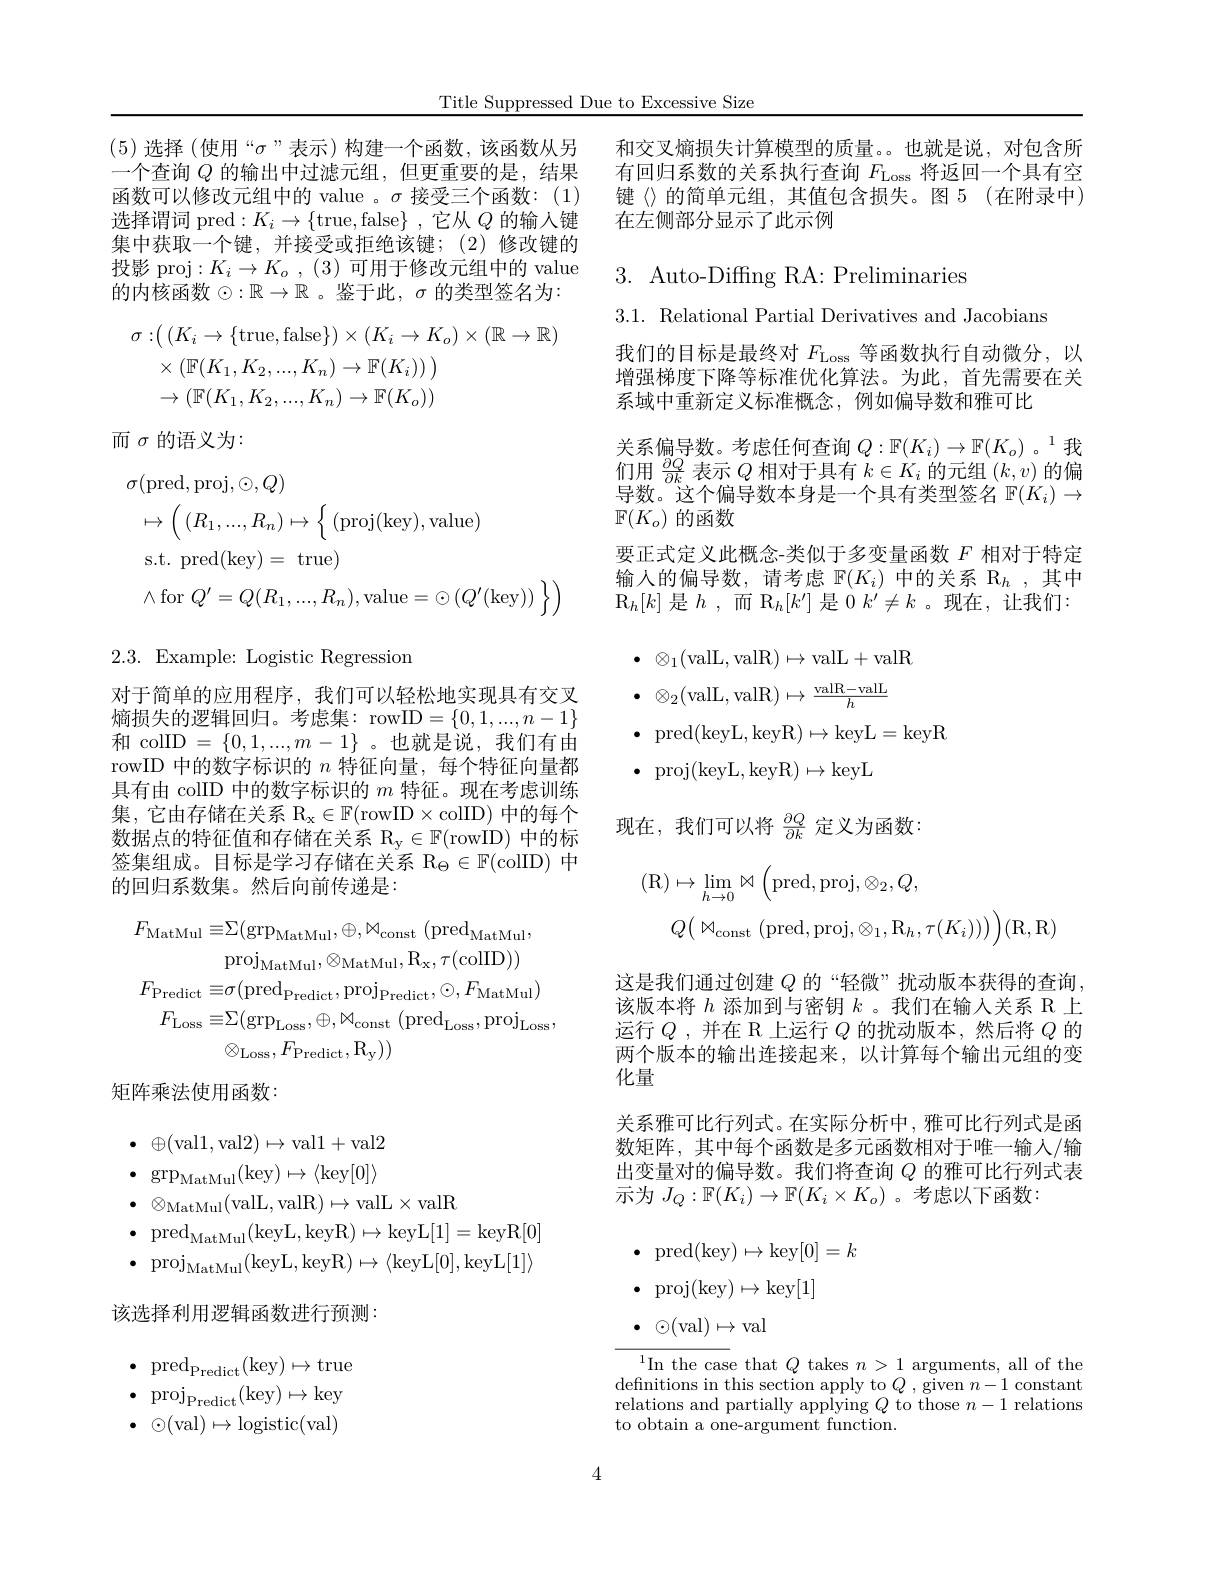
Title Suppressed Due to Excessive Size

(5)选择 (使用“$\sigma$”表示)构建一个函数，该函数从另一个查询$Q$的输出中过滤元组，但更重要的是，结果函数可以修改元组中的 value 。$\sigma$接受三个函数：(1) 选择谓词 pred$:K_i\to\{$true,false$\}$,它从$Q$ 的输人键集中获取一个键，并接受或拒绝该键；(2)修改键的投影 proj$:K_i\to K_o,(3)$可用于修改元组中的 value 的内核函数$\odot:\mathbb{R}\to\mathbb{R}$ 。鉴于此$,\sigma$ 的类型签名为：
$$\begin{aligned}\sigma:&(\:(K_{i}\to\{\mathrm{true},\mathrm{false}\})\times(K_{i}\to K_{o})\times(\mathbb{R}\to\mathbb{R})\\&\times(\mathbb{F}(K_{1},K_{2},...,K_{n})\to\mathbb{F}(K_{i}))\:)\\&\to(\mathbb{F}(K_{1},K_{2},...,K_{n})\to\mathbb{F}(K_{o}))\end{aligned}$$
而$\sigma$的语义为：
$$\begin{aligned}&\sigma(\mathrm{pred},\mathrm{proj},\odot,Q)\\&\mapsto\left(\:(R_{1},...,R_{n})\mapsto\left\{\:(\mathrm{proj}(\mathrm{key}),\mathrm{value})\right.\right.\\&\mathrm{s.t.~pred}(\mathrm{key})=\mathrm{~true})\\&\wedge\mathrm{for}\:Q^{\prime}=Q(R_{1},...,R_{n}),\mathrm{value}=\odot(Q^{\prime}(\mathrm{key}))\:\Big\}\end{aligned}$$
$2.3.{\mathrm{Example:~Logistic~Regression}}$

对于简单的应用程序，我们可以轻松地实现具有交叉熵损失的逻辑回归。考虑集：rowID$=\{0,1,...,n-1\}$ 和 colID $=\{0,1,...,m-1\}$ 。也就是说，我们有由rowID 中的数字标识的$n$特征向量，每个特征向量都具有由 colID 中的数字标识的$m$特征。现在考虑训练集，它由存储在关系$\mathbb{R} _\mathrm{x} \in \mathbb{F} ($rowID$\times$colID)中的每个数据点的特征值和存储在关系 $R_y\in F$( rowID) 中的标签集组成。目标是学习存储在关系$\mathbb{R}_\Theta\in\mathbb{F}($colID)中的回归系数集。然后向前传递是：
$$\begin{aligned}F_{\mathrm{MatMul}}\equiv&\equiv(\mathrm{grp}_{\mathrm{MatMul}},\oplus,\mathrm{M}_{\mathrm{const}}\:(\mathrm{pred}_{\mathrm{MatMul}},\\&\mathrm{proj}_{\mathrm{MatMul}},\otimes_{\mathrm{MatMul}},\mathrm{R}_{\mathrm{x}},\tau(\mathrm{colID}))\\F_{\mathrm{Predict}}\equiv&\sigma(\mathrm{pred}_{\mathrm{Predict}},\mathrm{proj}_{\mathrm{Predict}},\odot,F_{\mathrm{MatMul}})\\F_{\mathrm{Loss}}\equiv&\Sigma(\mathrm{grp}_{\mathrm{Loss}},\oplus,\mathrm{M}_{\mathrm{const}}\:(\mathrm{pred}_{\mathrm{Loss}},\mathrm{proj}_{\mathrm{Loss}},\\&\otimes_{\mathrm{Loss}},F_{\mathrm{Predict}},\mathrm{R}_{\mathrm{y}}))\end{aligned}$$
矩阵乘法使用函数：

$\bullet$ $\oplus ($val1,val$2)\mapsto$val1+val2 $\bullet$ $\operatorname { grp} _{\mathrm{MatMul}}($key$)\mapsto\langle$key$[0]\rangle$ $\bullet\otimes_{\mathrm{MatMul}}($valL,valR$)\mapsto$valL$\times$valR
$\bullet$ $\mathrm{pred}_{\mathrm{MatMul}}($keyL,keyR$)\mapsto$keyL[1]=keyR[0] $\bullet\mathrm{~proj}_{\mathrm{MatMul}}($keyL,keyR$)\mapsto\langle$keyL[0],keyL$[1]\rangle$

该选择利用逻辑函数进行预测：

$\bullet$ $\mathrm{pred}_{\mathrm{Predict}}($key$)\mapsto$true $\bullet\mathrm{~proj}_{\mathrm{Predict}}($key$)\mapsto$key $\bullet\odot($val$)\mapsto$logistic(val)

和交叉熵损失计算模型的质量。。也就是说，对包含所有回归系数的关系执行查询$F_\mathrm{Loss}$将返回一个具有空键《》的简单元组，其值包含损失。图 5(在附录中) 在左侧部分显示了此示例

## $3.{\mathrm{~Auto-Diffng~RA:~Preliminaries}}$

我们的目标是最终对$F_\mathrm{Loss}$等函数执行自动微分，以增强梯度下降等标准优化算法。为此，首先需要在关系域中重新定义标准概念，例如偏导数和雅可比

关系偏导数。考虑任何查询$Q:\mathbb{F}(K_i)\to\mathbb{F}(K_o)$ 。1我们用$\frac{\partial Q}{\partial k}$表示$Q$相对于具有$k\in K_i$的元组$(k,v)$的偏导数。这个偏导数本身是一个具有类型签名$\mathbb{F}(K_i)\to$ $\mathbb{F}(K_o)$的函数
要正式定义此概念-类似于多变量函数$F$相对于特定输入的偏导数，请考虑$\mathbb{F}(K_i)$中的关系$\mathbb{R}_h$,其中$\mathrm{R}_h[k]$ 是$h$,而 $\mathrm{R}_h[k^{\prime}]$ 是0 $k^\prime \neq k$。现在，让我们：

$3.1.{\mathrm{~Relational~Partial~Derivatives~and~Jacobians}}$
$$\begin{aligned}&\bullet\:\otimes_{1}(\mathrm{valL,valR})\mapsto\mathrm{valL+valR}\\&\bullet\:\otimes_{2}(\mathrm{valL,valR})\mapsto\frac{\mathrm{valR-valL}}{h}\\&\bullet\:\mathrm{pred}(\mathrm{keyL},\mathrm{keyR})\mapsto\mathrm{keyL}=\mathrm{keyR}\\&\bullet\:\mathrm{proj}(\mathrm{keyL},\mathrm{keyR})\mapsto\mathrm{keyL}\end{aligned}$$
现在，我们可以将$\frac{\partial Q}{\partial k}$定义为函数：
$$\begin{aligned}(\mathrm{R})&\mapsto\lim_{h\to0}\rtimes\Big(\mathrm{pred},\mathrm{proj},\otimes_{2},Q,\\&Q\big(\:\bowtie_{\mathrm{const}}\:(\mathrm{pred},\mathrm{proj},\otimes_{1},\mathrm{R}_{h},\tau(K_{i}))\big)\bigg)(\mathrm{R},\mathrm{R})\end{aligned}$$
这是我们通过创建$Q$的“轻微”扰动版本获得的查询该版本将$h$添加到与密钥$k$ 。我们在输入关系 R 上运行$Q$,并在 R上运行$Q$ 的扰动版本，然后将$Q$ 的两个版本的输出连接起来，以计算每个输出元组的变化量
关系雅可比行列式。在实际分析中，雅可比行列式是函数矩阵，其中每个函数是多元函数相对于唯一输人/输出变量对的偏导数。我们将查询$Q$的雅可比行列式表示为$J_Q:\mathbb{F}(K_i)\to\mathbb{F}(K_i\times K_o)$ 。考虑以下函数：
$\bullet$ pred(key$)\mapsto$key$[0]=k$
$$\mathrm{proj(key)}\mapsto\mathrm{key}[1]$$
$\cdot\odot($val$)\mapsto$val
${\overline{{^{1}\text{In the case that }Q\text{ takes }n>1}}}$arguments, all of the defnitions in this section apply to $Q$ , given $n-1$ constant relations and partially applying $Q$ to those $n-1$ relations to obtain a one-argument function.

4